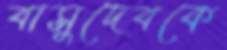
বাসুদেবকে